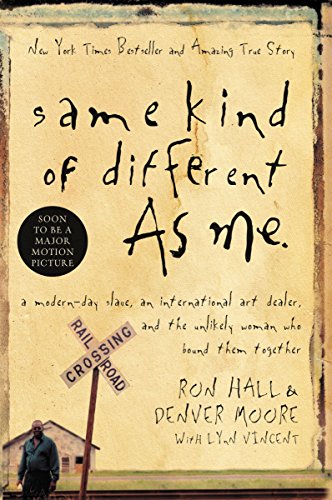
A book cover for Same Kind of Different As Me: A Modern-Day Slave, an International Art Dealer, and the Unlikely Woman Who Bound Them Together; Ron Hall; Biographies & Memoirs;